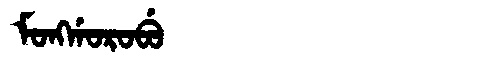
Manchu: ᠮᠣᠩᡤᠣᡵᠣᠪᡠ
Romanization: MONGGOROBU